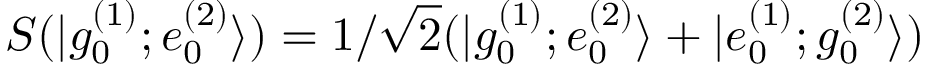
S ( | g _ { 0 } ^ { ( 1 ) } ; e _ { 0 } ^ { ( 2 ) } \rangle ) = 1 / \sqrt 2 ( | g _ { 0 } ^ { ( 1 ) } ; e _ { 0 } ^ { ( 2 ) } \rangle + | e _ { 0 } ^ { ( 1 ) } ; g _ { 0 } ^ { ( 2 ) } \rangle )